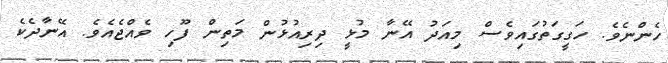
ހެންނެވެ. ހަގީގަތުގައިވެސް މިއަދު އޭނާ މުޅީ ދިރިއުޅުން މަތިން ފޫހި ވެއްޖެއެވެ. އޭނާދެކެ